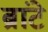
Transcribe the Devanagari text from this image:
ब्रांटे